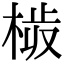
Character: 𣒉